65_HS1-834228961_62-HQ-83894_Section_1
Agency: FBI
Page 53
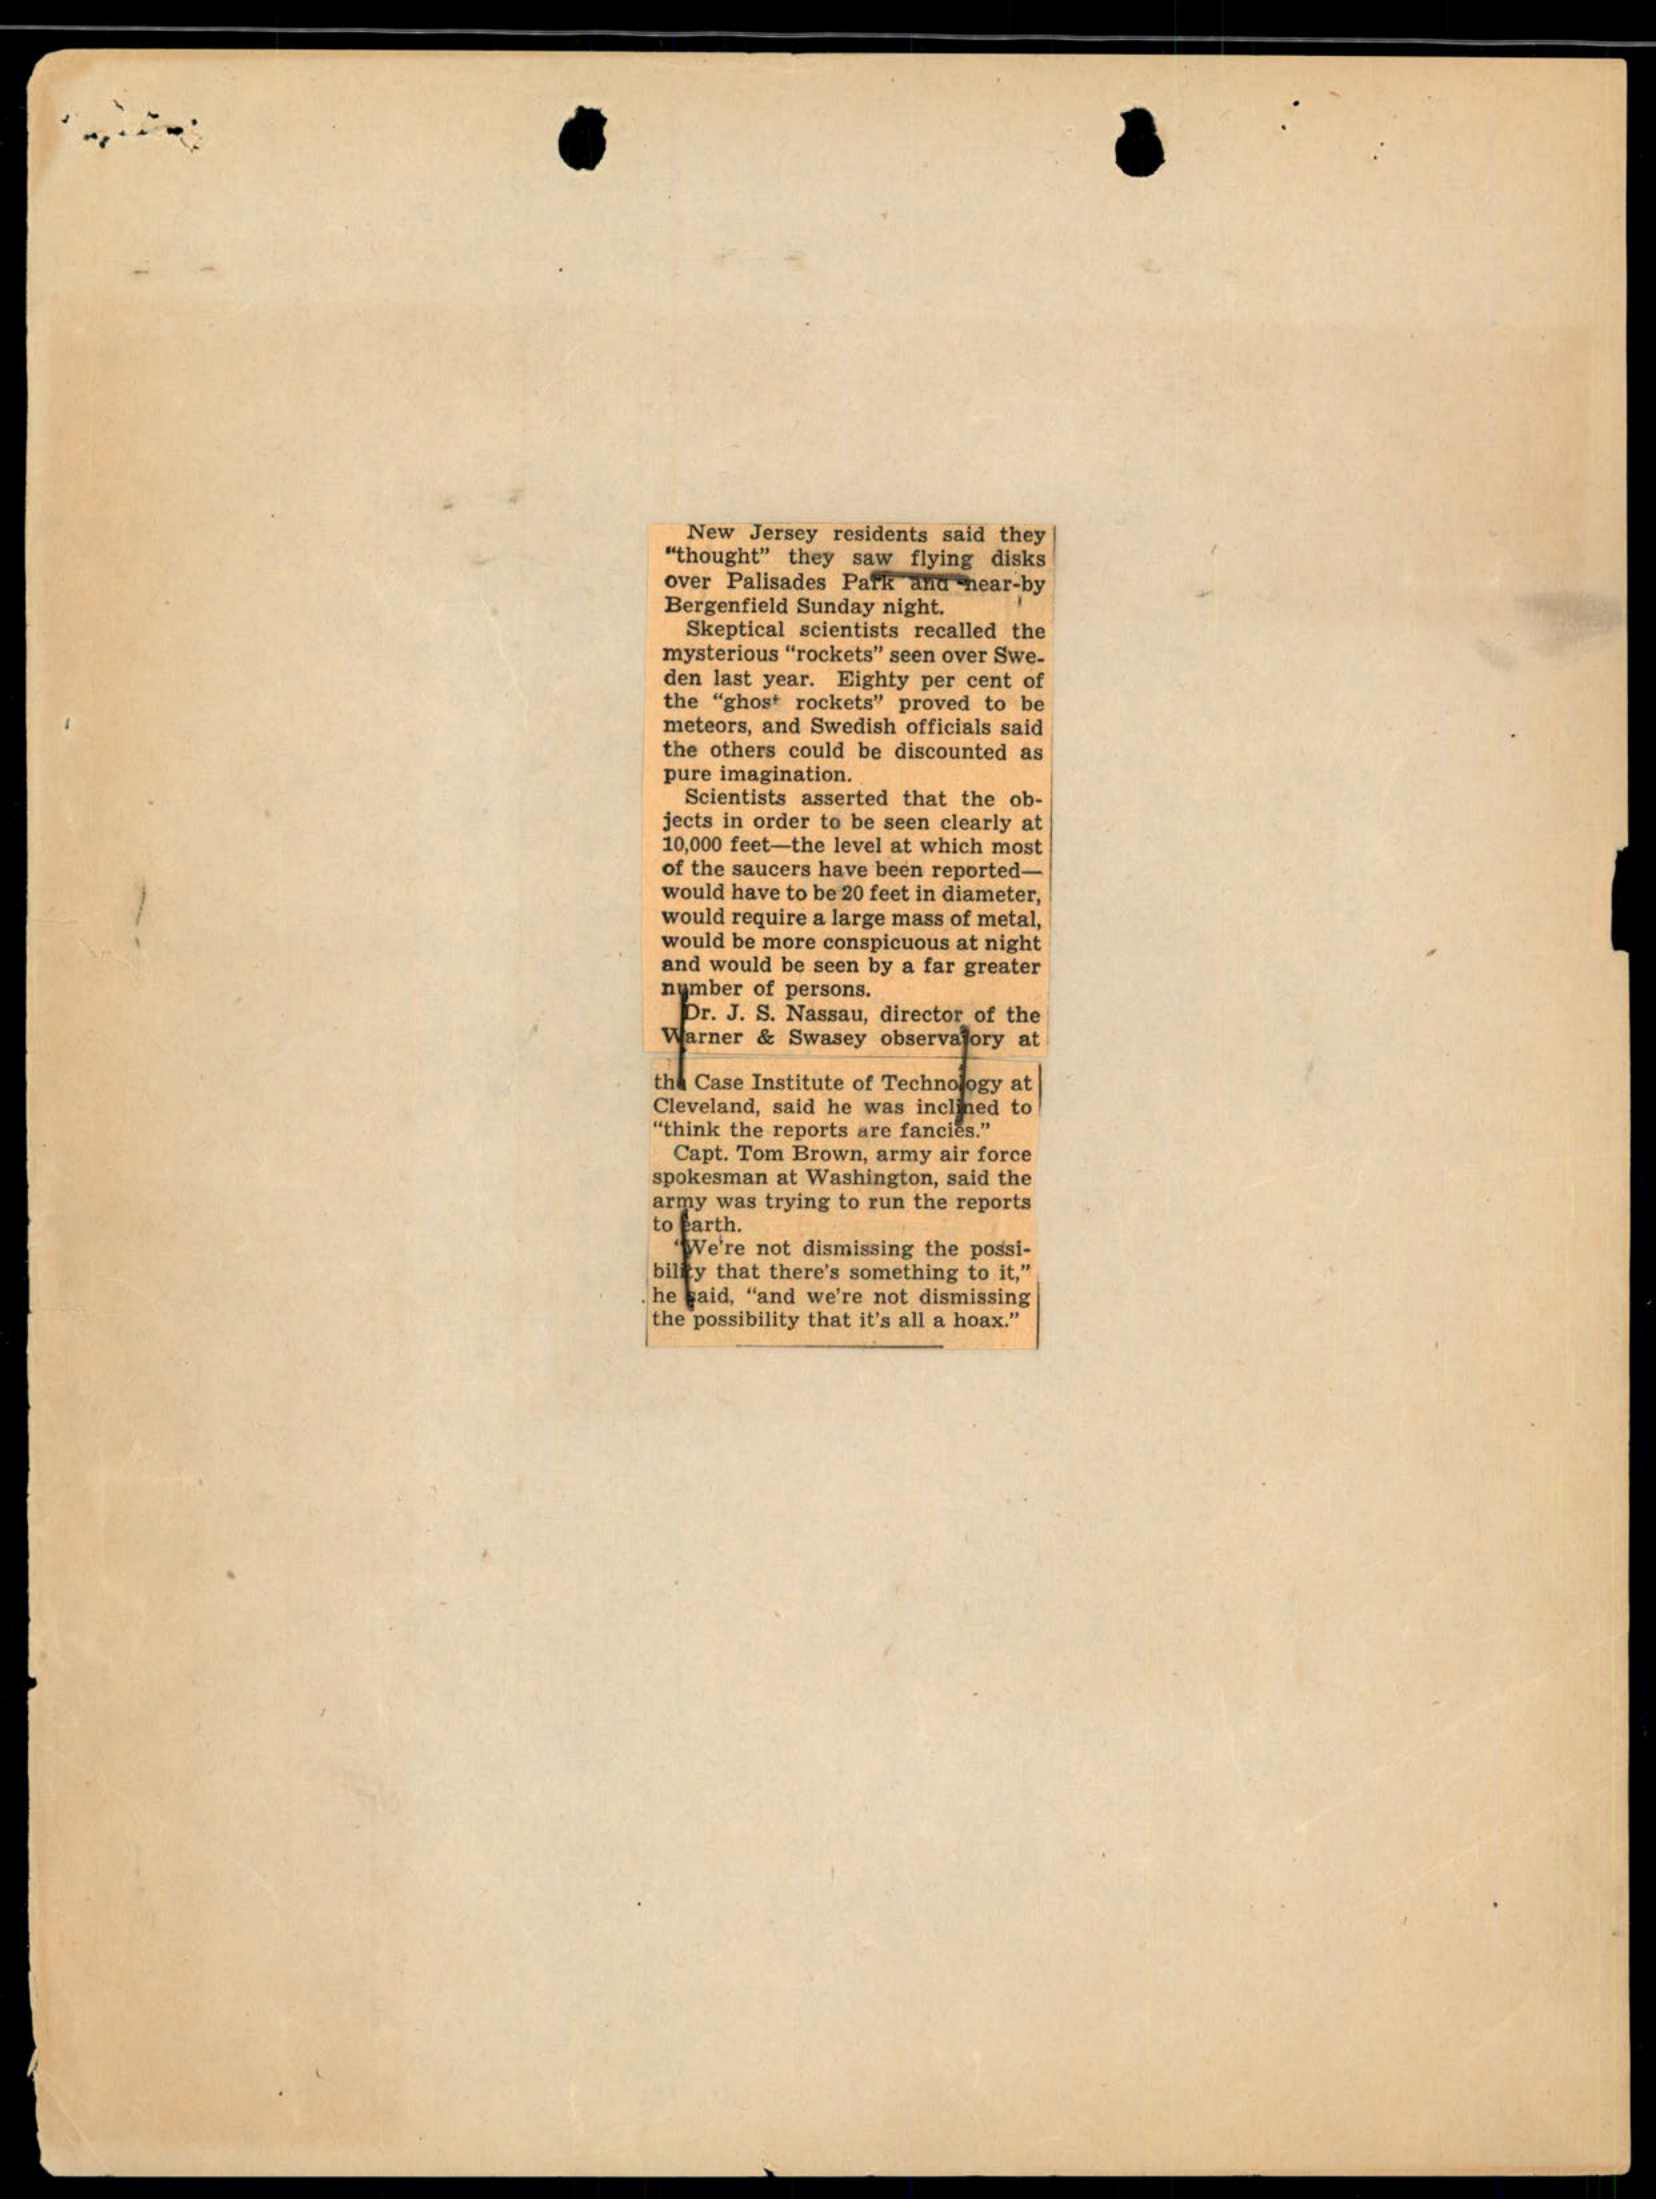